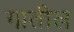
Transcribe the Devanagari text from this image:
गातील